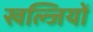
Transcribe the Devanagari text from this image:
खल्जियों